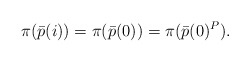
\begin{align*}\pi(\bar p(i))=\pi(\bar p(0))=\pi(\bar p(0)^P).\end{align*}